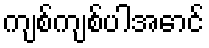
ကျစ်ကျစ်ပါအောင်